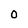
Character: 0